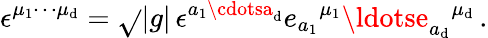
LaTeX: \epsilon^{\mu_{1}\cdots\mu_{\mathrm{d}}}=\sqrt{}{{|g|}}\, \epsilon^{a_{1}\cdotsa_{\mathrm{d}}}e_{a_{1}}{}^{\mu_{1}}\ldotse_{a_{\mathrm{d}}}{}^{\mu_{\mathrm{d}}}\, .